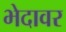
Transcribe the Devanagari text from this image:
भेदावर